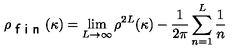
\rho _ { \textsf { f i n } } ( \kappa ) = \lim _ { L \to \infty } \rho ^ { 2 L } ( \kappa ) - \frac { 1 } { 2 \pi } \sum _ { n = 1 } ^ { L } \frac { 1 } { n }